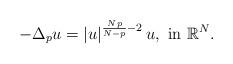
LaTeX: \begin{align*}-\Delta_p u=|u|^{\frac{N\,p}{N-p}-2}\,u, \mbox{ in }\mathbb{R}^N. \end{align*}